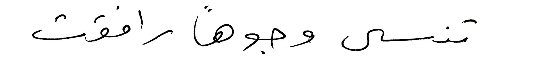
تنسى وجوهاً رافقت